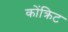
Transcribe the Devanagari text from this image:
कोंक्रिट